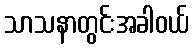
သာသနာတွင်းအခါဝယ်